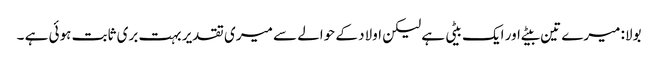
بولا: میرے تین بیٹے اور ایک بیٹی ہے لیکن اولاد کے حوالے سے میری تقدیر بہت بری ثابت ہوئی ہے ۔